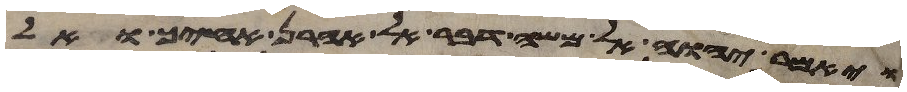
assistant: ויאמר יהוה אל משה דבר אל אהרן אחיך ואל